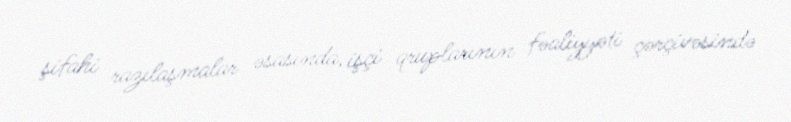
şifahi razılaşmalar əsasında, işçi qruplarının fəaliyyəti çərçivəsində